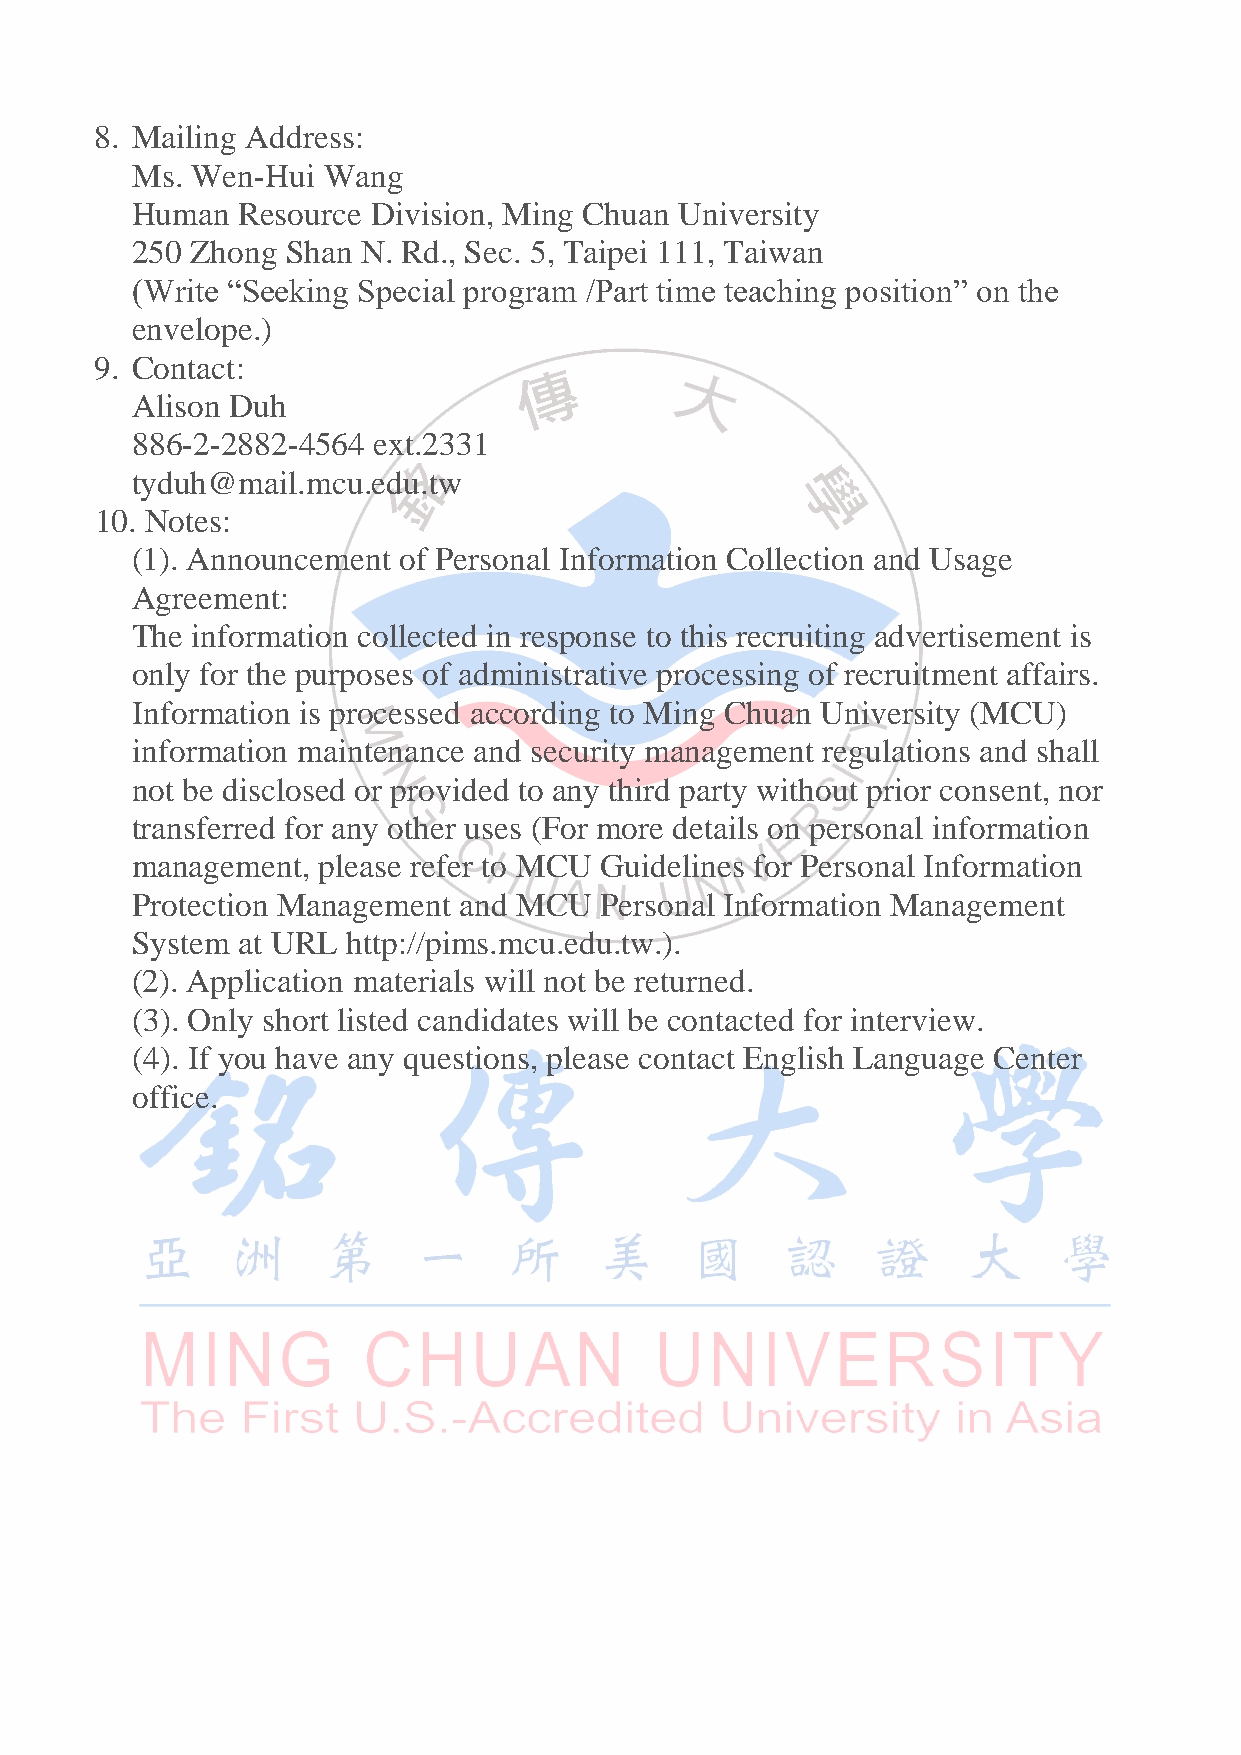
8. Mailing Address:
 Ms. Wen-Hui Wang
 Human  Resource Division, Ming Chuan University
 250 Zhong Shan N. Rd., Sec. 5, Taipei 111, Taiwan
 (Write “Seeking Special program /Part time teaching position” on the
 envelope.)
 9. Contact:
 Alison Duh
 886-2-2882-4564 ext.2331
 tyduh@mail.mcu.edu.tw
 10. Notes:
 (1). Announcement of Personal Information Collection and Usage
 Agreement:
 The information collected in response to this recruiting advertisement is
 only for the purposes of administrative processing of recruitment affairs.
 Information is processed according to Ming Chuan University (MCU)
 information maintenance and security management regulations and shall
 not be disclosed or provided to any third party without prior consent, nor
 transferred for any other uses (For more details on personal information
 management, please refer to MCU Guidelines for Personal Information
 Protection Management and MCU  Personal Information Management
 System at URL http://pims.mcu.edu.tw.).
 (2). Application materials will not be returned.
 (3). Only short listed candidates will be contacted for interview.
 (4). If you have any questions, please contact English Language Center
 office.